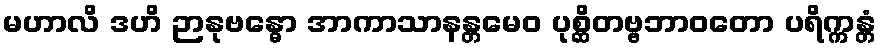
မဟာလိ ဒဟိ ဉာနုဗန္ဓော အာကာသာနန္တမေဝ ပုစ္ဆိတဗ္ဗဘာဝတော ပရိက္ကန္တံ